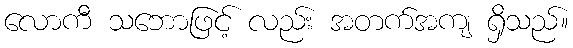
လောကီ သဘောဖြင့် လည်း အတက်အကျ ရှိသည်။